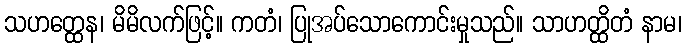
သဟတ္ထေန၊ မိမိလက်ဖြင့်။ ကတံ၊ ပြုအပ်သောကောင်းမှုသည်။ သာဟတ္ထိတံ နာမ၊